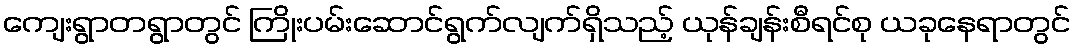
ကျေးရွာတရွာတွင် ကြိုးပမ်းဆောင်ရွက်လျက်ရှိသည့် ယုန်ချန်းစီရင်စု ယခုနေရာတွင်